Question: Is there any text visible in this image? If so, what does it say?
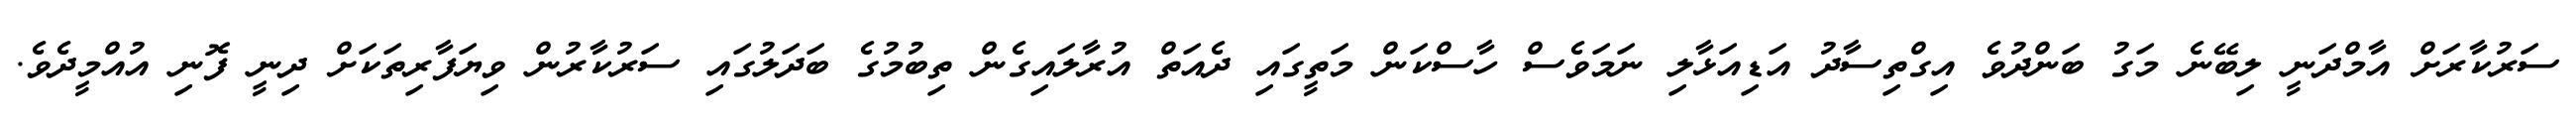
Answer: ސަރުކާރަށް އާމްދަނީ ލިބޭނެ މަގު ބަންދުވެ އިގްތިސާދު އަޑިއަޅާލި ނަމަވެސް ހާސްކަން މަތީގައި ދެއަތް އުރާލައިގެން ތިބުމުގެ ބަދަލުގައި ސަރުކާރުން ވިޔަފާރިތަކަށް ދިނީ ފޮނި އުއްމީދެވެ.